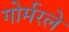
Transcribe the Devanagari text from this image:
गोर्मरले